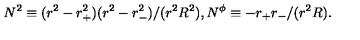
N ^ { 2 } \equiv ( r ^ { 2 } - r _ { + } ^ { 2 } ) ( r ^ { 2 } - r _ { - } ^ { 2 } ) / ( r ^ { 2 } R ^ { 2 } ) , N ^ { \phi } \equiv - r _ { + } r _ { - } / ( r ^ { 2 } R ) .